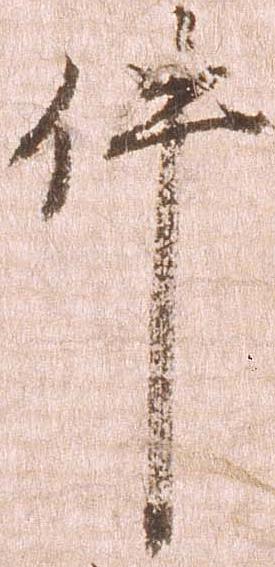
件